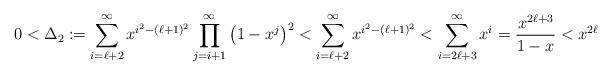
LaTeX: \begin{align*}0< \Delta_2:=\sum_{i=\ell+2}^{\infty}x^{i^2-(\ell+1)^2} \prod_{j=i+1}^{\infty}\left(1-x^j\right)^2<\sum_{i=\ell+2}^{\infty}x^{i^2-(\ell+1)^2} <\sum_{i=2\ell+3}^{\infty}x^{i} =\frac{x^{2\ell+3} }{1-x}<x^{2\ell} \end{align*}